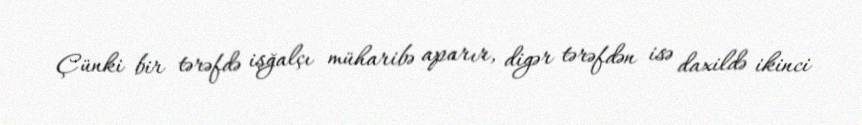
Çünki bir tərəfdə işğalçı müharibə aparır, digər tərəfdən isə daxildə ikinci